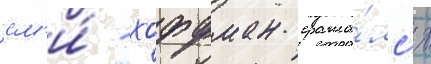
см'и́ - хоффман сража́лс'я